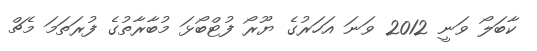
ކާބަލޯ ވަނީ 2012 ވަނަ އަހަރުގެ ޔޫރޯ ފުޓްބޯޅަ މުބާރާތުގެ ފުރަތަމަ މެޗް